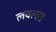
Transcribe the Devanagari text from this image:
लवलस